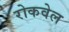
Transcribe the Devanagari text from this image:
रोकवेल